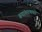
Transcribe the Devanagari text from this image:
रूपांतरणको